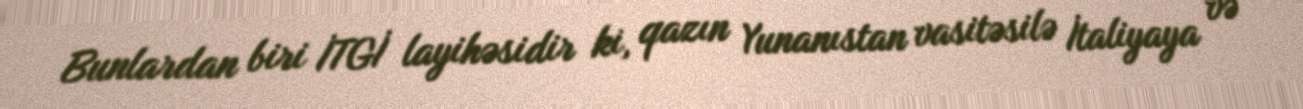
Bunlardan biri İTGİ layihəsidir ki, qazın Yunanıstan vasitəsilə İtaliyaya və